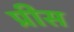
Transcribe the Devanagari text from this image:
प्रीस